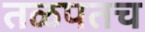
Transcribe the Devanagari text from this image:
तळपतच